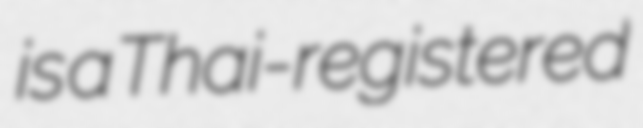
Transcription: is a Thai-registered